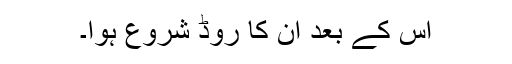
اس کے بعد ان کا روڈ شروع ہوا۔